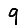
Digit: 9